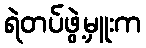
ရဲတပ်ဖွဲ့မှူးက